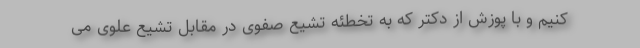
کنیم و با پوزش از دکتر که به تخطئه تشیع صفوی در مقابل تشیع علوی می